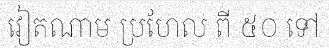
វៀតណាម ប្រហែល ពី ៥០ ទៅ